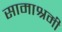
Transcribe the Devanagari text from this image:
सामाश्रमी